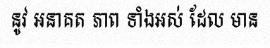
នូវ អនាគត ភាព ទាំងអស់ ដែល មាន